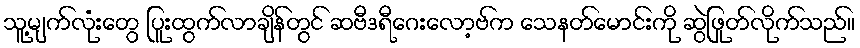
သူ့မျက်လုံးတွေ ပြူးထွက်လာချိန်တွင် ဆဗီဒရီဂေးလော့ဗ်က သေနတ်မောင်းကို ဆွဲဖြုတ်လိုက်သည်။